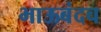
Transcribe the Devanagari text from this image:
भाऊबंदच